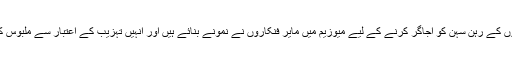
سندھی لوگوں کے رہن سہن کو اجاگر کرنے کے لیے میوزیم میں مایر فنکاروں نے نمونے بنائے ہیں اور انہیں تہزیب کے اعتبار سے ملبوس کیا گیا ھے ۔